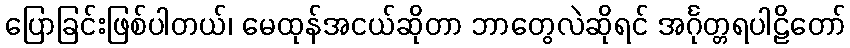
ပြောခြင်းဖြစ်ပါတယ်၊ မေထုန်အငယ်ဆိုတာ ဘာတွေလဲဆိုရင် အင်္ဂုတ္တရပါဠိတော်